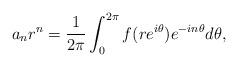
LaTeX: \begin{align*} a_n r^n = \frac{1}{2 \pi}\int_0^{2 \pi}f(r e^{i \theta}) e ^{-in \theta}d\theta , \end{align*}